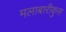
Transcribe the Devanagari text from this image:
मलाबारीकुस